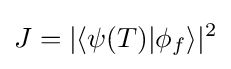
J=|\langle \psi (T)|\phi _{f}\rangle |^{2}